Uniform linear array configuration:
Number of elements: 24
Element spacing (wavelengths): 0.25
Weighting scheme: binomial
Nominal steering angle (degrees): -30
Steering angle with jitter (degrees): -30.656
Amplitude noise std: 0.05
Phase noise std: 0.05

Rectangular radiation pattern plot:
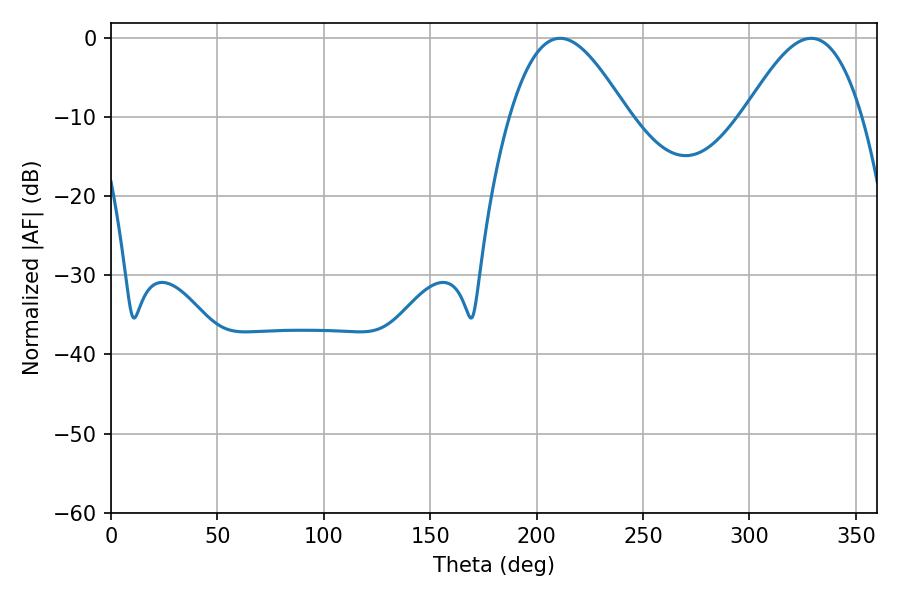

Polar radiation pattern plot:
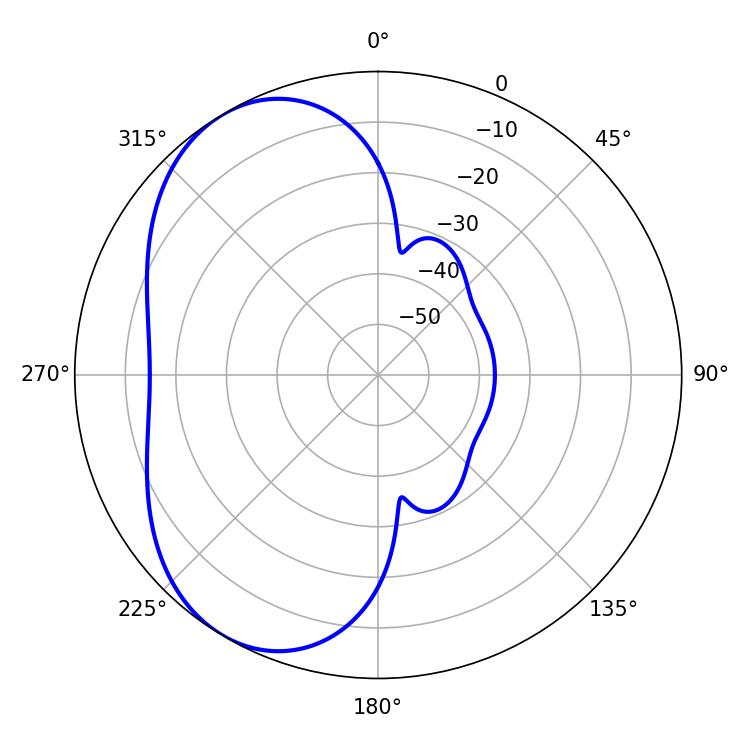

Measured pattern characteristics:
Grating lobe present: FALSE
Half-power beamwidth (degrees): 29.7
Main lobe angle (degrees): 210.96